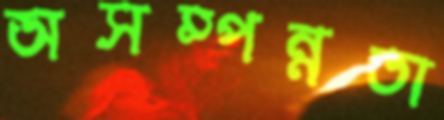
অসম্পন্নতা